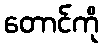
တောင်ကို